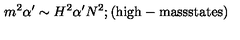
m ^ { 2 } \alpha ^ { \prime } \sim H ^ { 2 } \alpha ^ { \prime } N ^ { 2 } ; \mathrm { ( h i g h - m a s s s t a t e s ) }